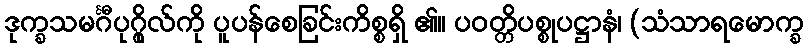
ဒုက္ခသမင်္ဂီပုဂ္ဂိုလ်ကို ပူပန်စေခြင်းကိစ္စရှိ ၏။ ပဝတ္တိပစ္စုပဋ္ဌာနံ၊ (သံသာရမောက္ခ